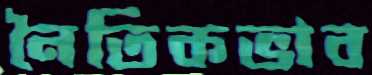
নৈতিকভাব